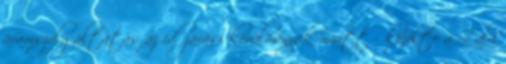
áramszolgáltatás az időjárási körülmények miatt - közölte a Zala